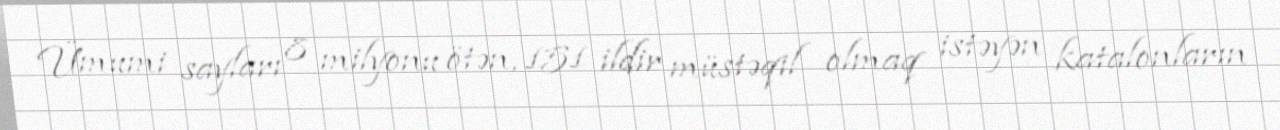
Ümumi sayları 8 milyonu ötən, 151 ildir müstəqil olmaq istəyən katalonların